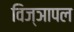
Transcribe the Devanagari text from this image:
विज्ञापल